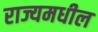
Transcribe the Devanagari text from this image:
राज्यमधील